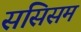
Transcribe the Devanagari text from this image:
ससिसम